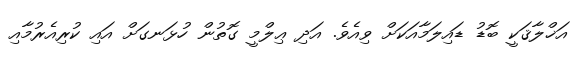
އަޚްލާޤަކީ ބޮޑު ޑައިލަމާއަކަށް ވިއެވެ. އަދި ޢިލްމީ ގޮތުން ހުޅަނގަށް އައި ކުރިއެރުމާއި